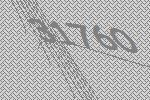
31760